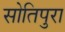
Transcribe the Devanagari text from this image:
सोतिपुरा